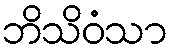
ဘိသိဝံသာ